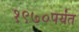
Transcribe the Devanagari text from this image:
१९७०पर्यंत